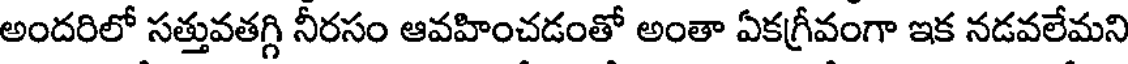
అందరిలో సత్తువతగ్గి నీరసం ఆవహించడంతో అంతా ఏకగ్రీవంగా ఇక నడవలేమని